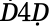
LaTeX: Ḋ4Ḍ